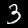
Label: 3